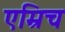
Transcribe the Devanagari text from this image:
एम्रिच